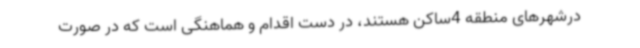
درشهرهای منطقه 4ساکن هستند، در دست اقدام و هماهنگی است که در صورت